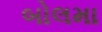
બોલમા